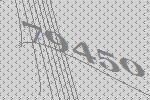
79450